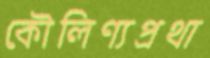
কৌলিণ্যপ্রথা